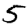
Digit: 5